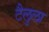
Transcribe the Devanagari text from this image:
टैलुला